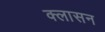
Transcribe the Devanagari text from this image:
क्लासन